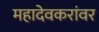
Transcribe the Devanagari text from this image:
महादेवकरांवर